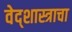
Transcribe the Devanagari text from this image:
वेद्शास्त्राचा